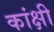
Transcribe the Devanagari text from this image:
कांक्षी